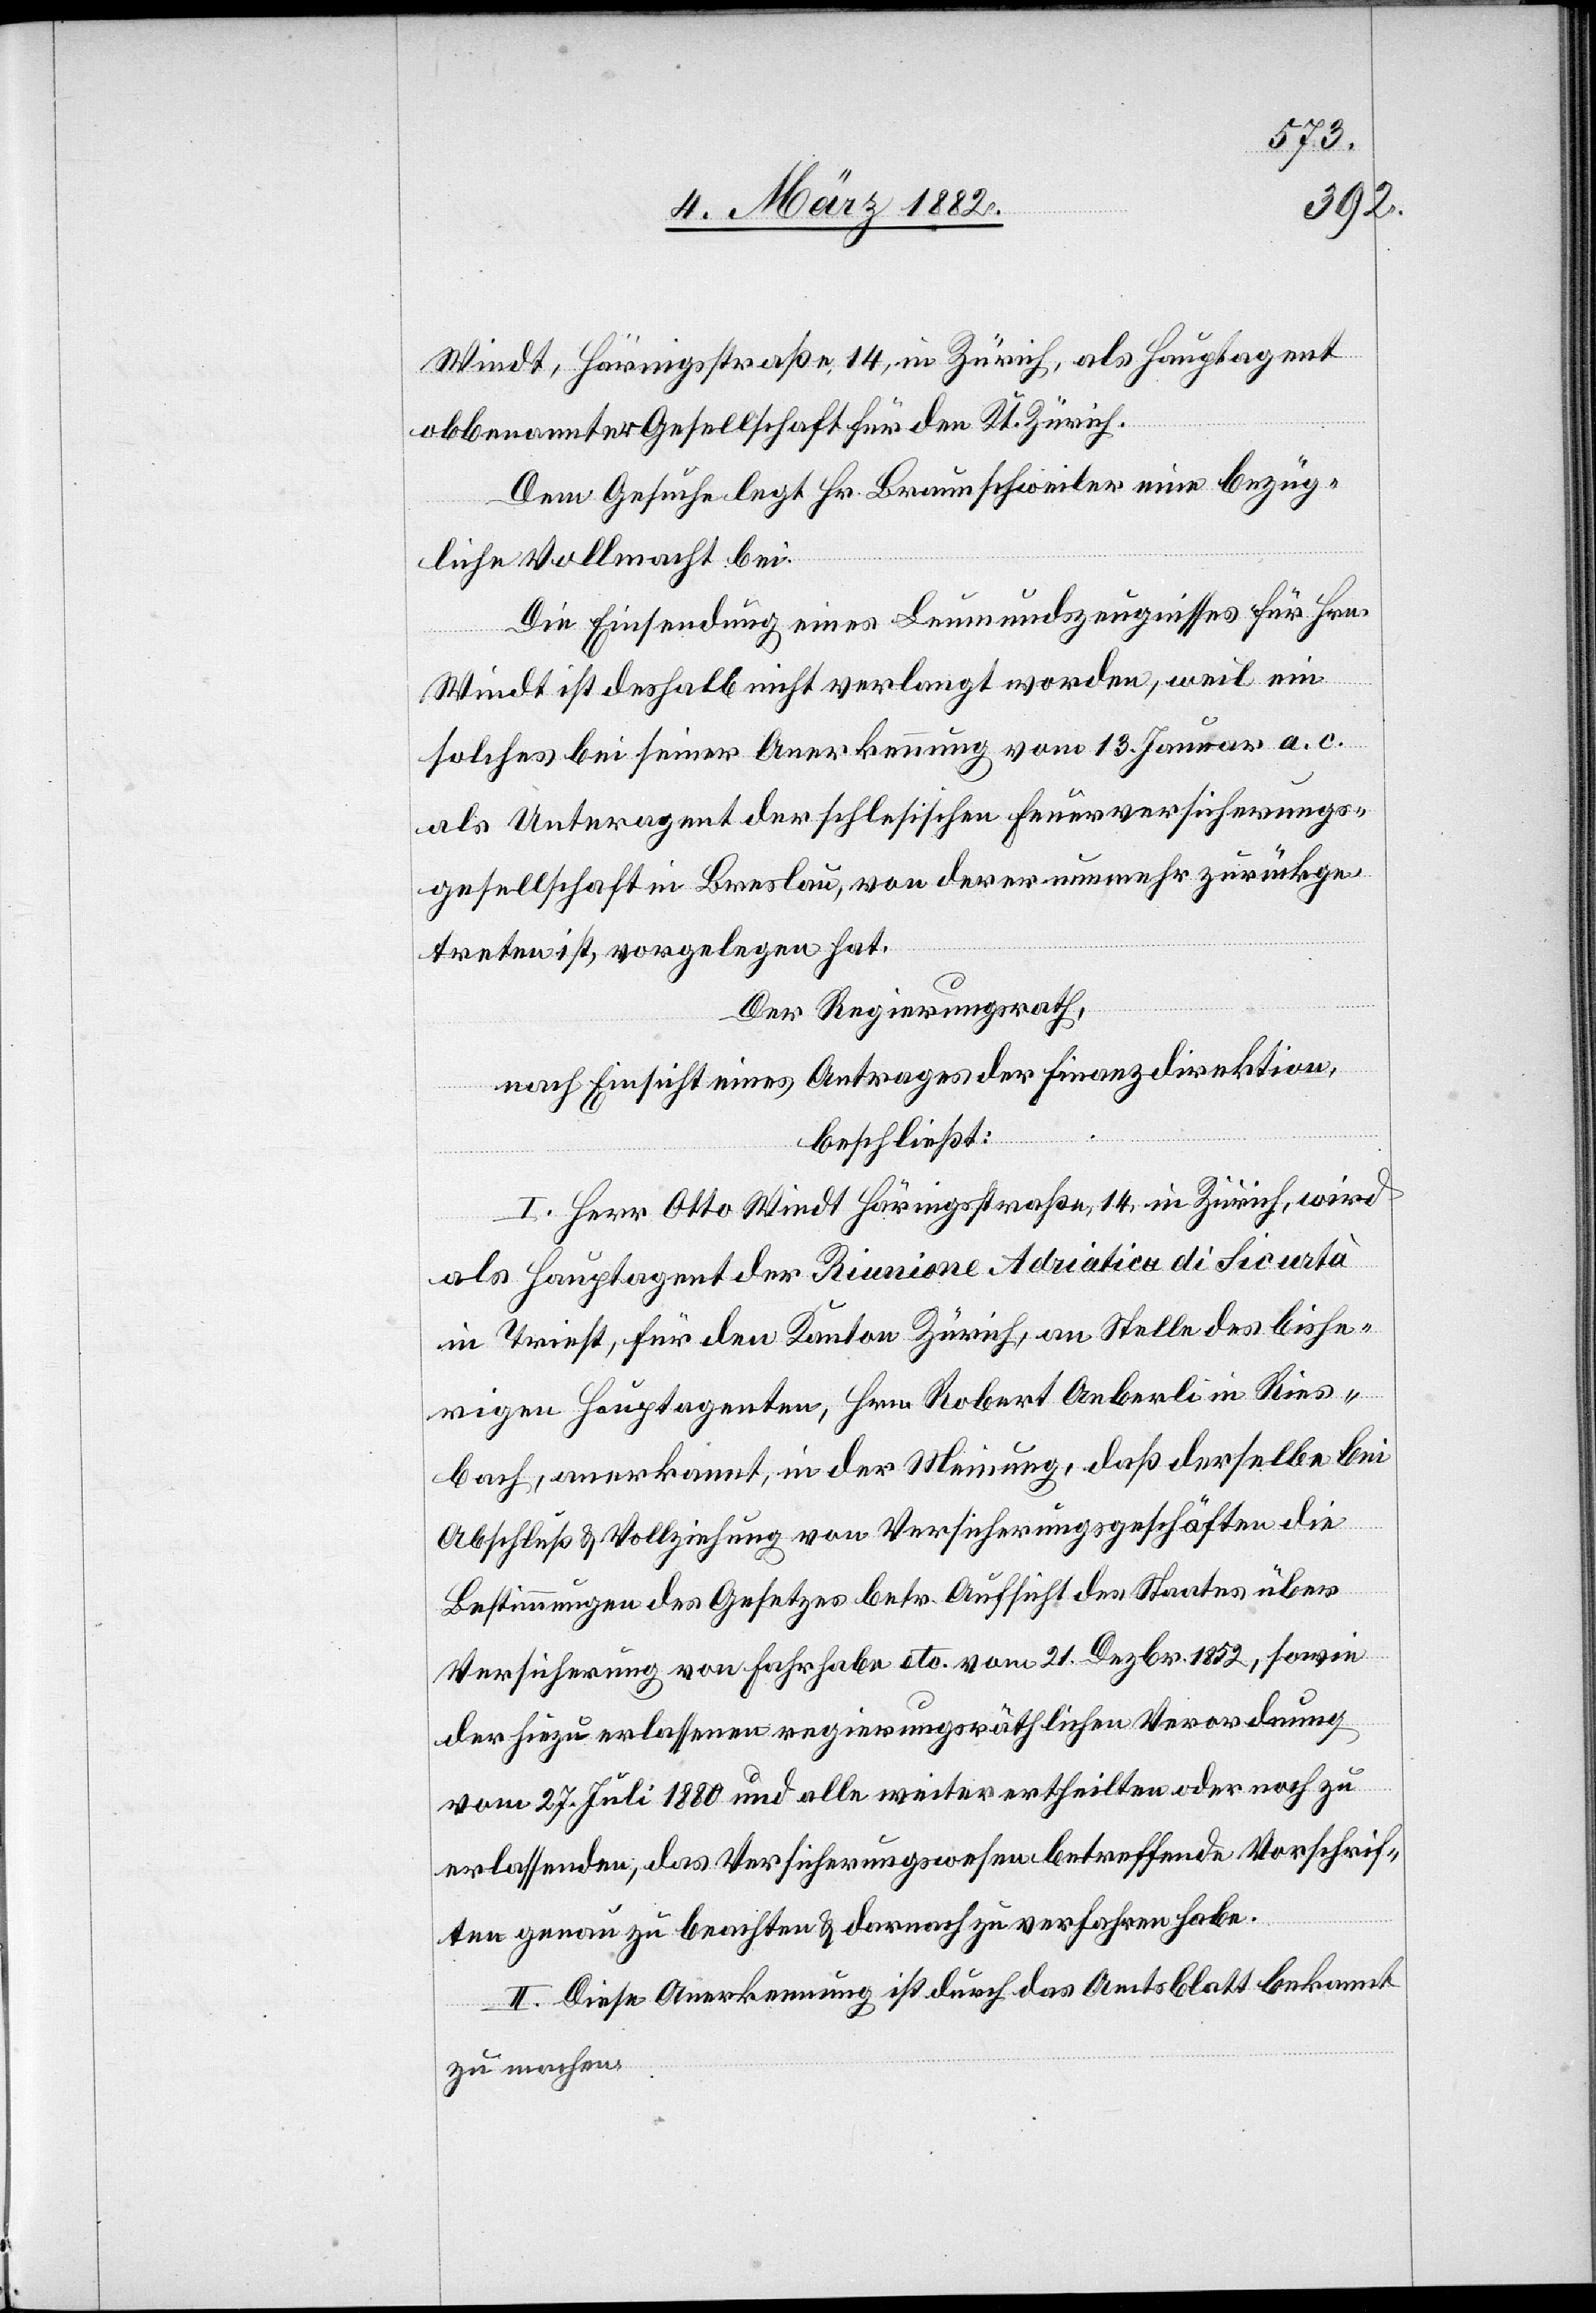
Windt, Härnigstraße 14, in Zürich, als Hauptagent
obbennanter Gesellschaft für den Kt. Zürich.
Dem Gesuche legt Hr. Braunschweiler eine bezüg¬
liche Vollmacht bei.
Die Einsendung eines Leumundszeugnisses für Hrn.
Windt ist deshalb nicht verlangt worden, weil ein
solches bei seiner Anerkennung vom 13. Januar a. c.
als Unteragent der schlesischen Feuerversicherungs¬
gesellschaft in Breslau, von der er nunmehr zurückge¬
treten ist, vorgelegen hat.
Der Regierungsrath,
nach Einsicht eines Antrages der Finanzdirektion,
beschließt:
I. Herr Otto Windt Härnigstraße 14, in Zürich, wird
als Hauptagent der Riunione Adriatica di Sicurtà
in Triest, für den Kanton Zürich, an Stelle des bishe¬
rigen Hauptagenten, Hrn. Robert Aeberli in Ries¬
bach, anerkannt, in der Meinung, daß derselbe bei
Abschluß & Vollziehung von Versicherungsgeschäften die
Bestimmungen des Gesetzes betr. Aufsicht des Staates über
Versicherung von Fahrhabe etc. vom 21. Dezbr. 1852, sowie
der hiezu erlassenen regierungsräthlichen Verordnung
vom 27. Juli 1880 und alle weiter ertheilten oder noch zu
erlassenden, das Versicherungswesen betreffende Vorschrif¬
ten genau zu beachten & danach zu verfahren habe.
II. Diese Anerkennung ist durch das Amtsblatt bekannt
zu machen.